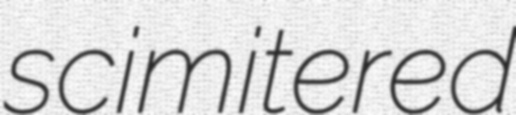
scimitered